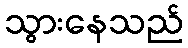
သွားနေသည်